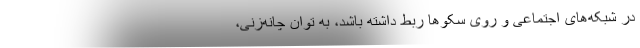
در شبکه‌های اجتماعی و روی سکوها ربط داشته باشد، به توان چانه‌زنی،